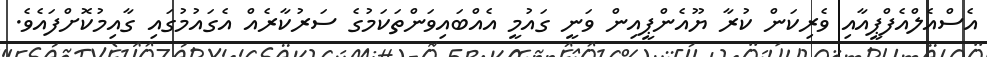
އެސްއެލްއެފްޕީއާއި ވެރިކަން ކުރާ ޔޫއެންޕީއިން ވަނީ ގައުމީ އެއްބައިވަންތަކަމުގެ ސަރުކާރެއް އެގައުމުގައި ގާއިމުކޮށްފައެވެ.